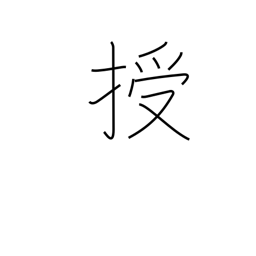
Meaning: instruct